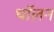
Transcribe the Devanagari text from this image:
थॉलन